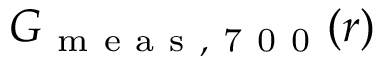
G _ { \mathrm { ~ m ~ e ~ a ~ s ~ , ~ 7 ~ 0 ~ 0 ~ } } ( r )